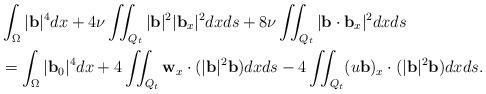
LaTeX: \begin{align*}&\int_\Omega|\mathbf{b}|^4dx+4\nu\iint_{Q_t}|\mathbf{b}|^2|\mathbf{b}_x|^2dxds+8\nu\iint_{Q_t}|\mathbf{b}\cdot \mathbf{b}_x|^2dxds\\&=\int_\Omega|\mathbf{b}_0|^4dx+4\iint_{Q_t} \mathbf{w}_x \cdot(|\mathbf{b}|^2\mathbf{b})dxds-4\iint_{Q_t} (u \mathbf{b})_x\cdot(|\mathbf{b}|^2\mathbf{b})dxds.\\\end{align*}